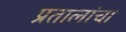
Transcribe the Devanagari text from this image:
प्रतालांचा